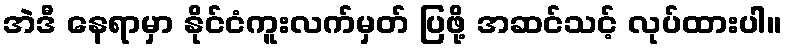
အဲဒီ နေရာမှာ နိုင်ငံကူးလက်မှတ် ပြဖို့ အဆင်သင့် လုပ်ထားပါ။